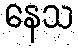
နေသ